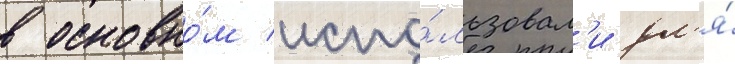
в основно́м испо́льзовал'и дл'я́